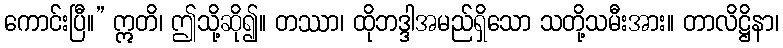
ကောင်းပြီ။” ဣတိ၊ ဤသို့ဆို၍။ တဿာ၊ ထိုဘဒ္ဒါအမည်ရှိသော သတို့သမီးအား။ တာလိဋ္ဌိနာ၊